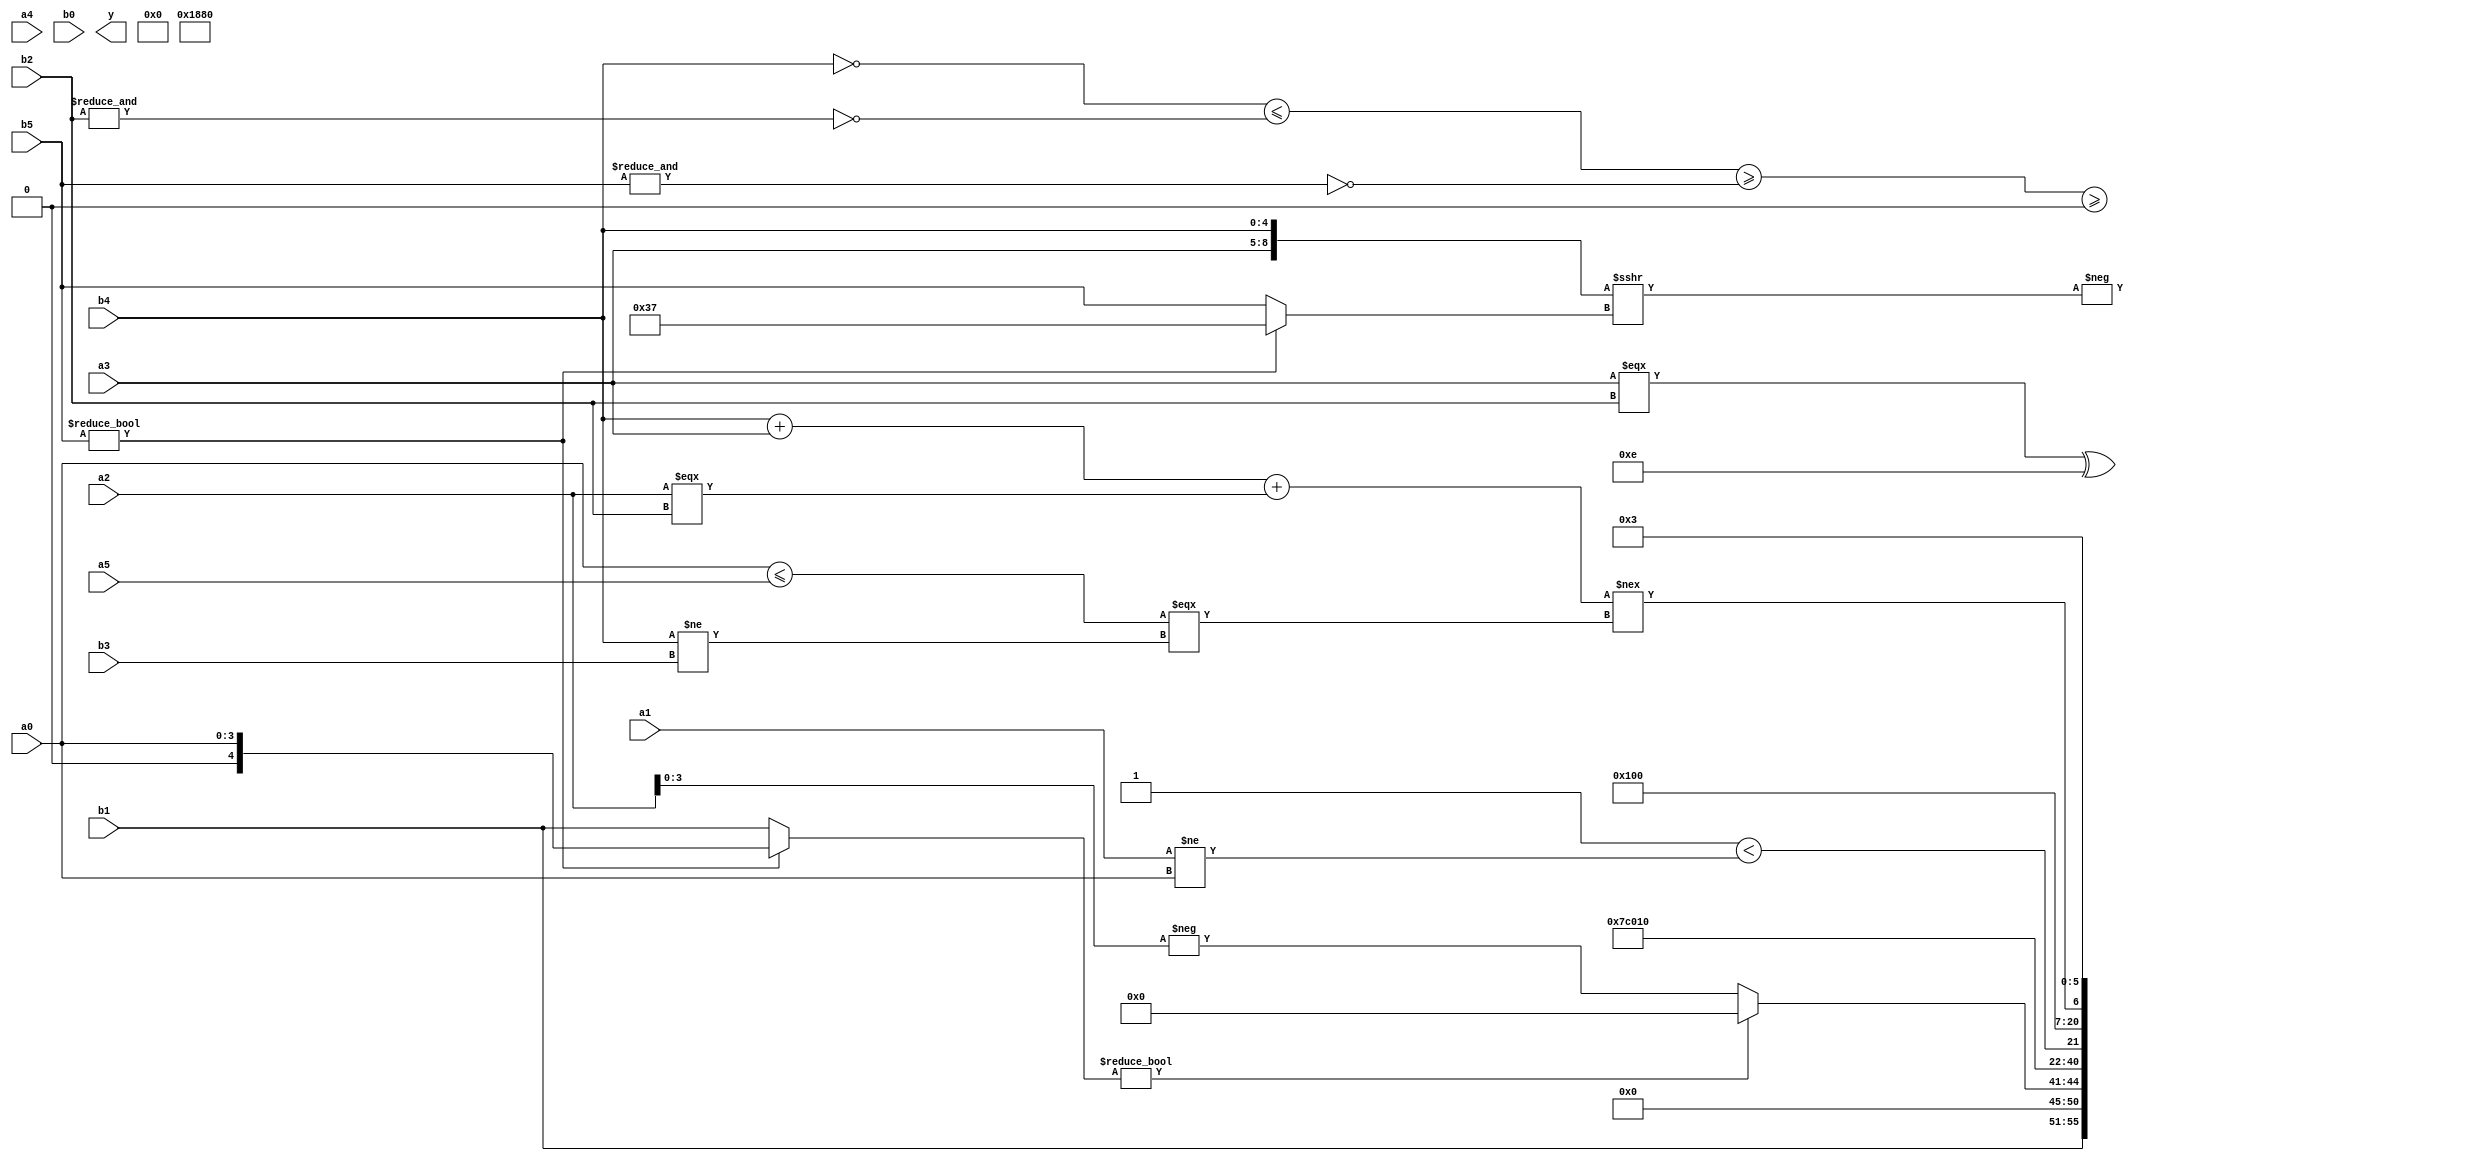
module expression_00960(a0, a1, a2, a3, a4, a5, b0, b1, b2, b3, b4, b5, y);
  input [3:0] a0;
  input [4:0] a1;
  input [5:0] a2;
  input signed [3:0] a3;
  input signed [4:0] a4;
  input signed [5:0] a5;

  input [3:0] b0;
  input [4:0] b1;
  input [5:0] b2;
  input signed [3:0] b3;
  input signed [4:0] b4;
  input signed [5:0] b5;

  wire [3:0] y0;
  wire [4:0] y1;
  wire [5:0] y2;
  wire signed [3:0] y3;
  wire signed [4:0] y4;
  wire signed [5:0] y5;
  wire [3:0] y6;
  wire [4:0] y7;
  wire [5:0] y8;
  wire signed [3:0] y9;
  wire signed [4:0] y10;
  wire signed [5:0] y11;
  wire [3:0] y12;
  wire [4:0] y13;
  wire [5:0] y14;
  wire signed [3:0] y15;
  wire signed [4:0] y16;
  wire signed [5:0] y17;

  output [89:0] y;
  assign y = {y0,y1,y2,y3,y4,y5,y6,y7,y8,y9,y10,y11,y12,y13,y14,y15,y16,y17};

  localparam [3:0] p0 = ((4'sd3)!=(3'd1));
  localparam [4:0] p1 = (+(|(((-3'sd2)?(3'd0):(-2'sd0))?{(-4'sd1),(2'sd1),(5'sd5)}:((-2'sd1)?(2'sd1):(-3'sd0)))));
  localparam [5:0] p2 = ((~{(2'd2),(5'd28),(-3'sd0)})||(&(|((3'd0)?(5'd18):(3'd1)))));
  localparam signed [3:0] p3 = (&(^((((-3'sd3)-(5'sd12))%(5'sd15))^((^(3'sd3))||(6'd2 * (3'd3))))));
  localparam signed [4:0] p4 = {{(-2'sd0),(2'd2)}};
  localparam signed [5:0] p5 = {(((!((5'd14)^~(-4'sd5)))||(6'd2 * (2'd0)))=={{(3'd4),(4'd14),(2'd2)},((-3'sd0)>(5'd14)),(~&(-5'sd7))})};
  localparam [3:0] p6 = ((3'd3)?(2'd2):(5'd19));
  localparam [4:0] p7 = ((((3'd7)+(4'd3))%(3'd4))&&(((5'd5)!=(2'd0))>>>((5'd13)<<(3'd3))));
  localparam [5:0] p8 = (5'd2 * ((4'd1)===(3'd0)));
  localparam signed [3:0] p9 = (2'sd0);
  localparam signed [4:0] p10 = (-((^((+(3'd2))<<<((4'd4)!=(-4'sd7))))&{((2'd2)>>(-4'sd5)),(|(~&(2'sd0)))}));
  localparam signed [5:0] p11 = ((~|(^(-5'sd7)))==(2'd1));
  localparam [3:0] p12 = (|((~|(2'd1))?(~(4'sd0)):((4'sd4)?(4'sd0):(5'd12))));
  localparam [4:0] p13 = ((2'sd0)!=(2'd0));
  localparam [5:0] p14 = (-3'sd0);
  localparam signed [3:0] p15 = {{(5'sd11),(-3'sd2)}};
  localparam signed [4:0] p16 = ({1{(~^(~(4'sd4)))}}>=(|{3{(&(5'sd14))}}));
  localparam signed [5:0] p17 = {2{(4'sd7)}};

  assign y0 = (-({a3,b4}>>>(b5?p17:b5)));
  assign y1 = {({(~b0),(a1?b5:a3)}!==((~b1)?(a4>>>b1):(a2>a2))),(((+p15)?(a3===b2):{p5,p14,p11})^{3{(~p0)}})};
  assign y2 = ((((~b4)<=(~&b2))>=(~&{4{b5}}))>=(!(|(4'sd3))));
  assign y3 = ((-{2{(~^p12)}})^~({3{p16}}>>{4{p3}}));
  assign y4 = ((p3?p0:p2)<<(|(~&{2{p13}})));
  assign y5 = {4{((^(~|{4{p6}})))}};
  assign y6 = ($unsigned(p14)%p13);
  assign y7 = {{{b3,a2},{a4,a2}},{{{a1,a0}}},{p5,p12,b1}};
  assign y8 = {(-(~|(-{2{p8}}))),$signed({((4'd2 * a0)!=={2{a2}})}),({4{p12}})};
  assign y9 = {((b5?a0:b1)?{b3,p11,p9}:(-a2))};
  assign y10 = {2{((3'd2)?{4{p10}}:(2'd0))}};
  assign y11 = (((b3%p9)?(p8-p14):(p8*p13))>>((2'd1)||((b2%p13)<=(4'd0))));
  assign y12 = $unsigned((2'd1));
  assign y13 = ($unsigned((~&p17))<(a1!=a0));
  assign y14 = $unsigned($signed((^((~((p12==p15)))?(~&((~p15)<<$signed(p11))):(+(p6?p0:b5))))));
  assign y15 = {{{p4,p0},{p6,p17},{p13,b0,p7}},{{p13,p9},{a1,p14}}};
  assign y16 = (((b4+a3)+(a2===b2))!==((a0<=a5)===(&(b4!=b3))));
  assign y17 = (2'd3);
endmodule